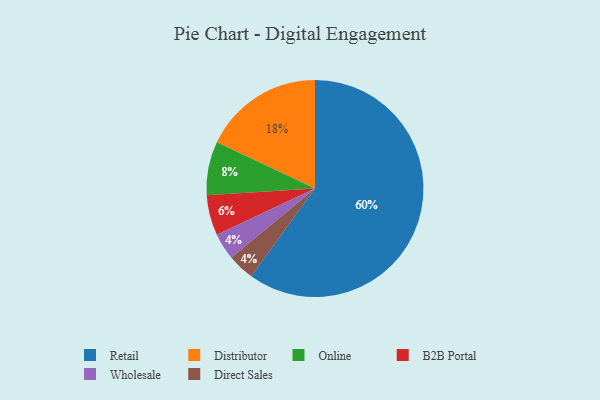
{"axis": {"x": "Category", "y": "Percentage"}, "legend": ["B2B Portal", "Direct Sales", "Distributor", "Online", "Retail", "Wholesale"], "data": [{"x": "Online", "y": 8, "type": "Online"}, {"x": "Retail", "y": 60, "type": "Retail"}, {"x": "Wholesale", "y": 4, "type": "Wholesale"}, {"x": "Direct Sales", "y": 4, "type": "Direct Sales"}, {"x": "B2B Portal", "y": 6, "type": "B2B Portal"}, {"x": "Distributor", "y": 18, "type": "Distributor"}]}